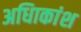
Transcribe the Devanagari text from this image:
अधिाकांश